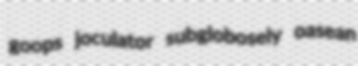
goops joculator subglobosely oasean